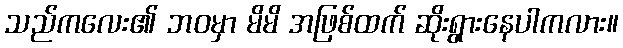
သည်ကလေး၏ ဘဝမှာ မိမိ အဖြစ်ထက် ဆိုးရွားနေပါကလား။